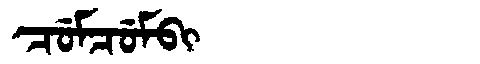
Manchu: ᠴᡠᠮᠴᡠᠮᠪᡳ
Romanization: CUMCUMBI